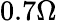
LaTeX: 0.7\Omega